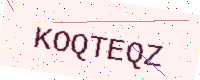
Text: KOQTEQZ